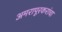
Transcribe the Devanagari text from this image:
अमरापूरकरांचा